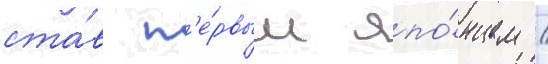
ста́в п'е́рвым япо́нцем /